Scottish Leaving Certificate Examination, 1960
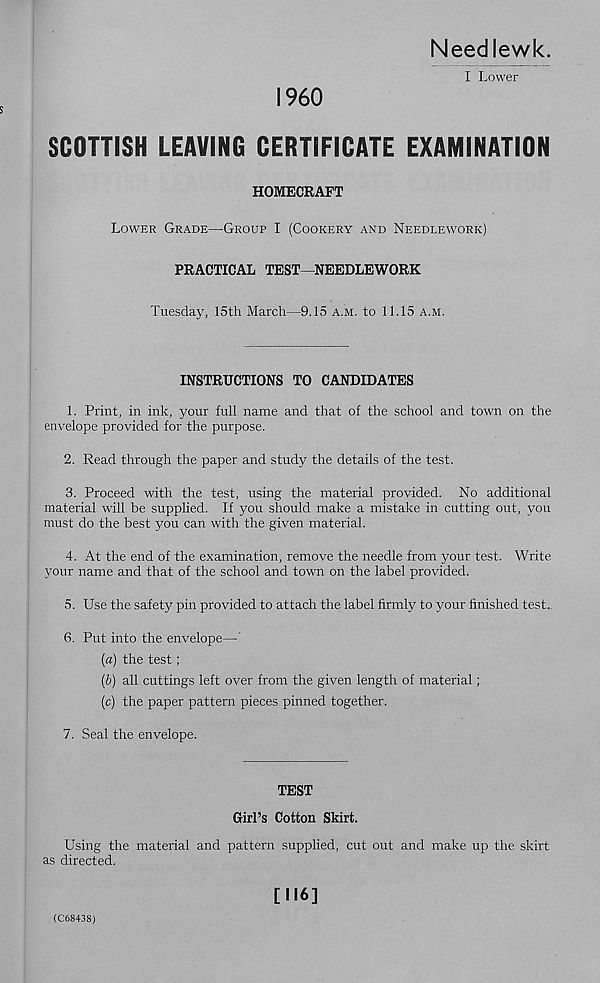
Needlewk.
I Lower
I960
SCOTTISH LEAVING CERTIFICATE EXAMINATION
HOMECRAFT
Lower Grade—Group I (Cookery and Needlework)
PRACTICAL TEST—NEEDLEWORK
Tuesday, 15th March—9.15 a.m. to 11.15 a.m.
INSTRUCTIONS TO CANDIDATES
1. Print, in ink, your full name and that of the school and town on the
envelope provided for the purpose.
2. Read through the paper and study the details of the test.
3. Proceed with the test, using the material provided. No additional
material will be supplied. If you should make a mistake in cutting out, you
must do the best you can with the given material.
4. At the end of the examination, remove the needle from your test. Write
your name and that of the school and town on the label provided.
5. Use the safety pin provided to attach the label firmly to your finished tesL.
6. Put into the envelope—'
(a) the test;
(b) all cuttings left over from the given length of material;
(c) the paper pattern pieces pinned together.
7. Seal the envelope.
TEST
Girl’s Cotton Skirt.
Using the material and pattern supplied, cut out and make up the skirt
as directed.
[116]
(C68438)